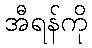
အီရန်ကို